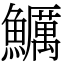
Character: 鱱